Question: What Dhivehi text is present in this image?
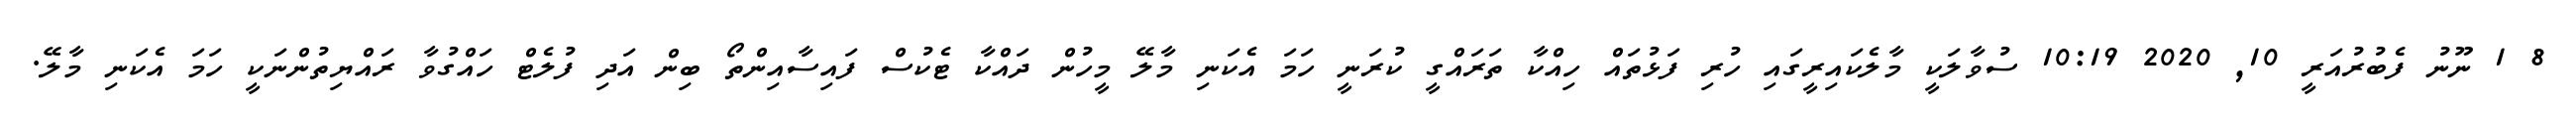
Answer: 8 1 ނޫނު ފެބުރުއަރީ 10, 2020 10:19 ސުވާލަކީ މާލެކައިރީގައި ހުރި ފަޅުތައް ހިއްކާ ތަރައްގީ ކުރަނީ ހަމަ އެކަނި މާލޭ މީހުން ދައްކާ ޓެކުސް ފައިސާއިންތޯ ބިން އަދި ފުލެޓް ހައްގުވާ ރައްޔިތުންނަކީ ހަމަ އެކަނި މާލޭ.